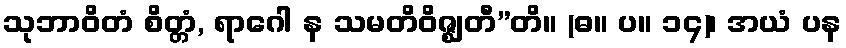
သုဘာဝိတံ စိတ္တံ, ရာဂေါ န သမတိဝိဇ္ဈတီ”တိ။ (ဓ။ ပ။ ၁၄)၊ အယံ ပန